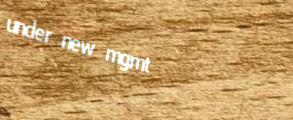
under new mgmt